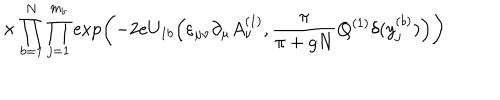
LaTeX: \times \prod _ { b = 1 } ^ { N } \prod _ { j = 1 } ^ { m _ { b } } \exp \left( - 2 e U _ { 1 b } \Big ( \varepsilon _ { \mu \nu } \partial _ { \mu } A _ { \nu } ^ { ( 1 ) } , \frac { \pi } { \pi + g N } Q ^ { ( 1 ) } \delta ( y _ { j } ^ { ( b ) } ) \Big ) \right)